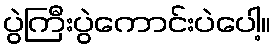
ပွဲကြီးပွဲကောင်းပဲပေါ့။